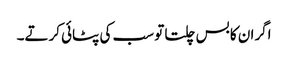
اگران کا بس چلتا تو سب کی پٹائی کرتے۔